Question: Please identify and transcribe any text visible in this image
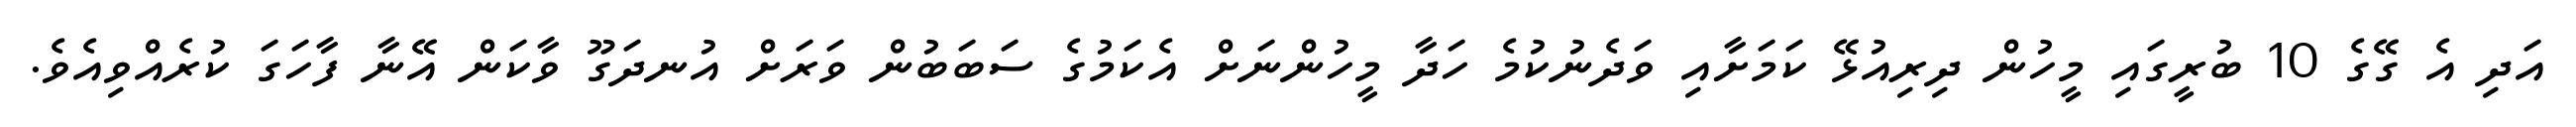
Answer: އަދި އެ ގޭގެ 10 ބުރީގައި މީހުން ދިރިއުޅޭ ކަމަށާއި ވަދެނުކުމެ ހަދާ މީހުންނަށް އެކަމުގެ ސަބަބުން ވަރަށް އުނދަގޫ ވާކަން އޭނާ ފާހަގަ ކުރެއްވިއެވެ.